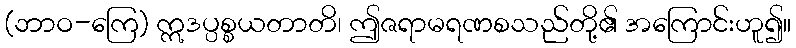
(ဘာဝ-ကြေ) ဣဒပ္ပစ္စယတာတိ၊ ဤဇရာမရဏစသည်တို့၏ အကြောင်းဟူ၍။